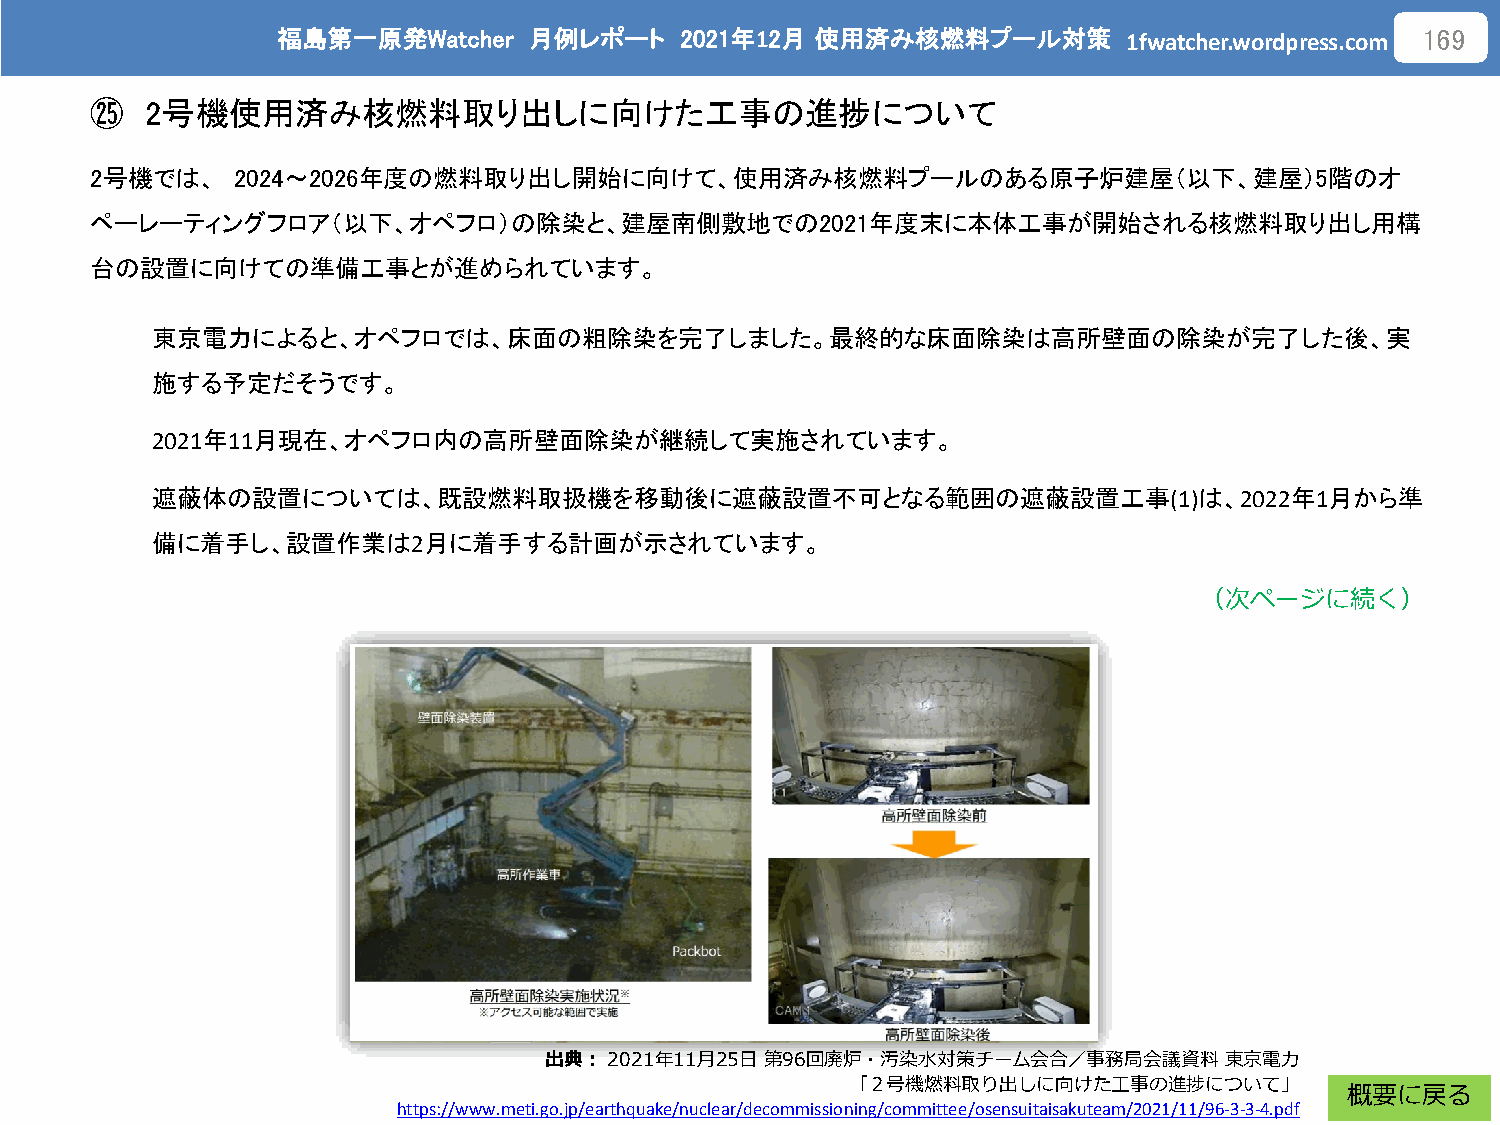
福島第一原発Watcher    月例レポート    2021年12月 使用済み核燃料プール対策
 1fwatcher.wordpress.com
 169
 ㉕   2号機使用済み核燃料取り出しに向けた工事の進捗について
 2号機では、   2024～2026年度の燃料取り出し開始に向けて、使用済み核燃料プールのある原子炉建屋（以下、建屋）5階のオ
 ペーレーティングフロア（以下、オペフロ）の除染と、建屋南側敷地での2021年度末に本体工事が開始される核燃料取り出し用構
 台の設置に向けての準備工事とが進められています。
 東京電力によると、オペフロでは、床面の粗除染を完了しました。最終的な床面除染は高所壁面の除染が完了した後、実
 施する予定だそうです。
 2021年11月現在、オペフロ内の高所壁面除染が継続して実施されています。
 遮蔽体の設置については、既設燃料取扱機を移動後に遮蔽設置不可となる範囲の遮蔽設置工事(1)は、2022年1月から準
 備に着手し、設置作業は2月に着手する計画が示されています。
 （次ページに続く）
 出典：2021年11月25日 第96回廃炉・汚染水対策チーム会合／事務局会議資料     東京電力
 「２号機燃料取り出しに向けた工事の進捗について」
 概要に戻る
 https://www.meti.go.jp/earthquake/nuclear/decommissioning/committee/osensuitaisakuteam/2021/11/96-3-3-4.pdf